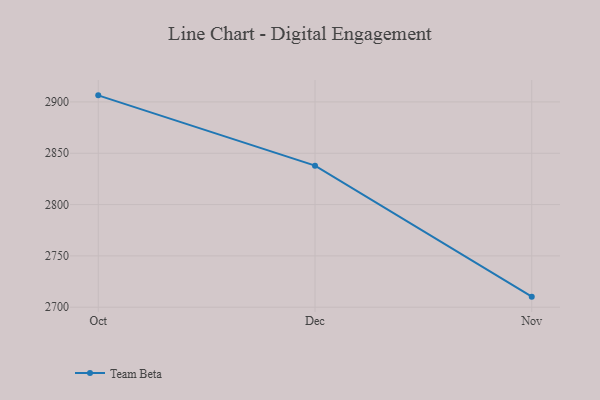
{"axis": {"x": "Month", "y": "Website Visitors"}, "legend": ["Team Beta"], "data": [{"x": "Oct", "y": 2906.4, "type": "Team Beta"}, {"x": "Dec", "y": 2837.9, "type": "Team Beta"}, {"x": "Nov", "y": 2710.3, "type": "Team Beta"}]}